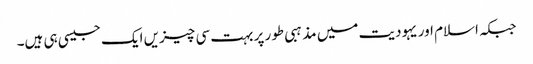
جبکہ اسلام اور یہودیت میں مذہبی طور پر بہت سی چیزیں ایک جیسی ہی ہیں۔